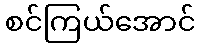
စင်ကြယ်အောင်